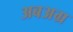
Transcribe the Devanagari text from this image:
अबअग्र